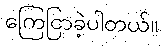
ကြေငြာခဲ့ပါတယ်။